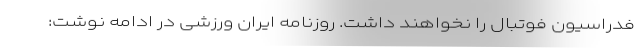
فدراسیون فوتبال را نخواهند داشت. روزنامه ایران ورزشی در ادامه نوشت: